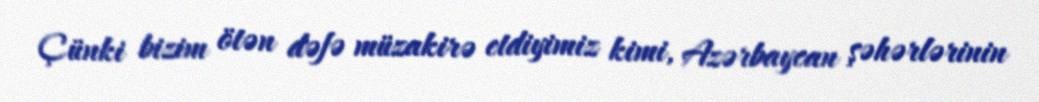
Çünki bizim ötən dəfə müzakirə etdiyimiz kimi, Azərbaycan şəhərlərinin